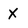
Character: x